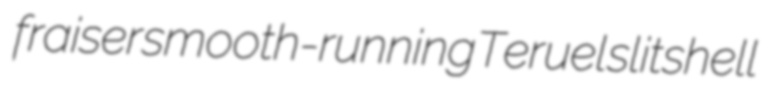
fraiser smooth-running Teruel slitshell